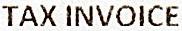
TAX INVOICE